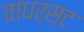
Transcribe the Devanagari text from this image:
वाधर्स्ट